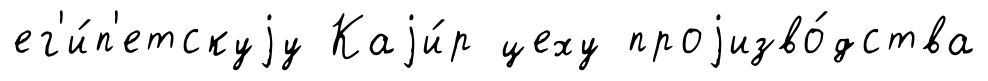
ег'и́п'етскуjу Каjи́р цеху проjизво́дства